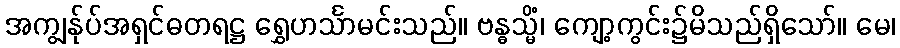
အကျွန်ုပ်အရှင်ဓတရဋ္ဌ ရွှေဟင်္သာမင်းသည်။ ဗန္ဓသ္မိံ၊ ကျော့ကွင်း၌မိသည်ရှိသော်။ မေ၊